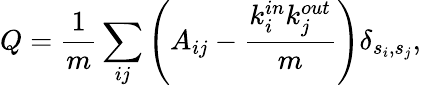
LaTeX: Q=\frac{1}{m}\sum_{ij}\left(A_{ij}-\frac{k_{i}^{in}k_{j}^{out}}{m}\right)\delta_{s_{i},s_{j}},